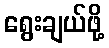
ရွေးချယ်ဖို့